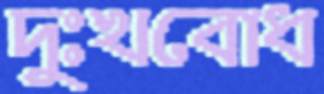
দুঃখবোধ